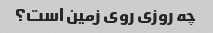
چه روزی روی زمین است؟